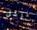
نرحل